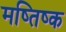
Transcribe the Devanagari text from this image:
मष्‍तिष्‍क